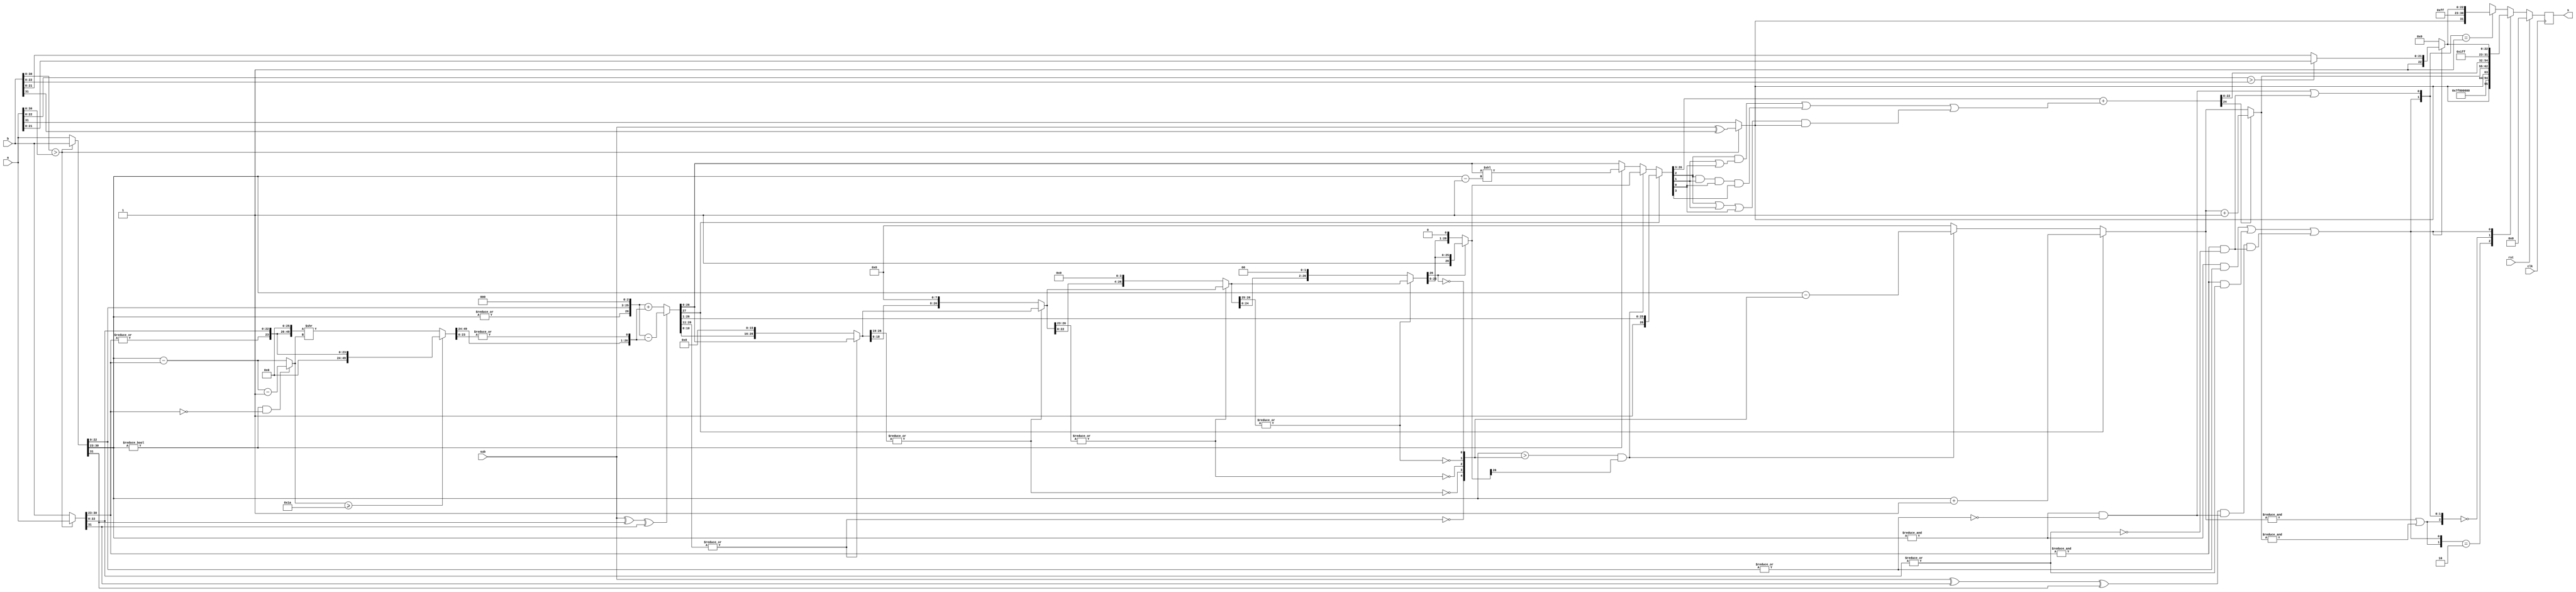
module fpu_adder
(
	input clk, rst,
	input [31:0] a,
	input [31:0] b,
	input sub,			// 1: sub; 0: add
	output [31:0] s
);

	wire exchange = ({1'b0, b[30:0]} > {1'b0, a[30:0]});
	wire [31:0] fp_large = exchange? b : a;
	wire [31:0] fp_small = exchange? a : b;
	wire fp_large_hidden_bit = |fp_large[30:23];
	wire fp_small_hidden_bit = |fp_small[30:23];
	wire [23:0] large_frac24 = {fp_large_hidden_bit,fp_large[22:0]};
	wire [23:0] small_frac24 = {fp_small_hidden_bit,fp_small[22:0]};
	wire [7:0] temp_exp = fp_large[30:23];
	wire sign = exchange? sub^b[31] : a[31];
	wire op_sub = sub^fp_large[31]^fp_small[31];
	wire fp_large_expo_is_ff = &fp_large[30:23];
	wire fp_small_expo_is_ff = &fp_small[30:23];
	wire fp_large_frac_is_00 = ~|fp_large[22:0];
	wire fp_small_frac_is_00 = ~|fp_small[22:0];
	wire fp_large_is_inf = fp_large_expo_is_ff & fp_large_frac_is_00;
	wire fp_small_is_inf = fp_small_expo_is_ff & fp_small_frac_is_00;
	wire fp_large_is_nan = fp_large_expo_is_ff & ~fp_large_frac_is_00;
	wire fp_small_is_nan = fp_small_expo_is_ff & ~fp_small_frac_is_00;
	wire s_is_inf = fp_large_is_inf | fp_small_is_inf;
	wire s_is_nan = fp_large_is_nan | fp_small_is_nan | ((sub^fp_small[31]^fp_large[31]) & fp_large_is_inf & fp_small_is_inf);
	wire [22:0] nan_frac = ({1'b0, a[22:0]} > {1'b0, b[22:0]}) ? {1'b1, a[21:0]} : {1'b1, b[21:0]};
	wire [22:0] inf_nan_frac = s_is_nan ? nan_frac : 23'h0;
	wire [7:0] exp_diff = fp_large[30:23] - fp_small[30:23];
	wire small_den_only = (fp_large[30:23] != 0) & (fp_small[30:23] == 0);
	wire [7:0] shift_amount = small_den_only ? exp_diff - 8'h1 : exp_diff;
	wire [49:0] small_frac50 = (shift_amount >= 26) ? {26'h0, small_frac24} : {small_frac24, 26'h0} >> shift_amount;
	wire [26:0] small_frac27 = {small_frac50[49:24], |small_frac50[23:0]};
	wire [27:0] aligned_large_frac = {1'b0, large_frac24, 3'b000};
	wire [27:0] aligned_small_frac = {1'b0, small_frac27};
	wire [27:0] cal_frac = op_sub ? aligned_large_frac - aligned_small_frac : aligned_large_frac + aligned_small_frac;
	wire [26:0] f4, f3, f2, f1, f0;
	wire [4:0] zeros;

	assign zeros[4] = ~|cal_frac[26:11];
	assign f4 = zeros[4] ? {cal_frac[10:0], 16'b0} : cal_frac[26:0];
	assign zeros[3] = ~|f4[26:19];
	assign f3 = zeros[3] ? {f4[18:0], 8'b0} : f4;
	assign zeros[2] = ~|f3[26:23];
	assign f2 = zeros[2] ? {f3[22:0], 4'b0} : f3;
	assign zeros[1] = ~|f2[26:25];
	assign f1 = zeros[1] ? {f2[24:0], 2'b0} : f2;
	assign zeros[0] = ~f1[26];
	assign f0 = zeros[0] ? {f1[25:0], 1'b0} : f1;

	reg [7:0] exp0;
	reg [26:0] frac0;

	always @(*) begin
		if (cal_frac[27]) begin // 1x.xxxxxxxxxxxxxxxxxxxxxxx xxx 
			frac0 = cal_frac[27:1]; // 1.xxxxxxxxxxxxxxxxxxxxxxx xxx 
			exp0 = temp_exp + 8'h1;
		end else begin
			if ((temp_exp > zeros) && (f0[26])) begin // a normalized number 
				exp0 = temp_exp - zeros;
				frac0 = f0;               //  1.xxxxxxxxxxxxxxxxxxxxxxx xxx 
			end else begin                // is a denormalized number or 0
				exp0 = 0;
				if (temp_exp != 0)        // (e - 127) = ((e - 1) - 126) 
				frac0 = cal_frac[26:0] << (temp_exp - 8'h1);
				else frac0 = cal_frac[26:0]; 
			end
		end
	end

	wire frac_plus_1 = frac0[2] & (frac0[1] | frac0[0]) | frac0[2] & frac0[1] & frac0[0] & frac0[3] | (frac0[2] | frac0[1] | frac0[0]) & sign;
	wire [24:0] frac_round = {1'b0, frac0[26:3]} + frac_plus_1;
	wire [7:0] exponent = frac_round[24]? exp0 + 8'h1 : exp0;
	wire overflow = &exp0 | &exponent;

	reg [31:0] res;

	always @(posedge clk) begin
		if (rst) begin
			res <= 0;
		end else begin
			res <= final_result(overflow, sign, s_is_nan, s_is_inf, exponent, frac_round[22:0], inf_nan_frac);
		end
	end

	assign s = res;


	function [31:0] final_result;
		input overflow;
		input sign;
		input is_nan;
		input is_inf;
		input [7:0] exponent;
		input [22:0] fraction, inf_nan_frac;
		
		casex({overflow, sign, is_nan, is_inf})
			4'b1_x_0_x : final_result = {sign, 8'hff, 23'h000000}; // inf
			4'b0_x_0_0 : final_result = {sign, exponent, fraction}; // nor
			4'bx_x_1_x : final_result = {1'b1, 8'hff, inf_nan_frac}; // nan
			4'bx_x_0_1 : final_result = {sign, 8'hff, inf_nan_frac}; // inf
			default : final_result = {sign, 8'h00, 23'h000000}; // 0
		endcase
	endfunction

endmodule